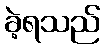
ခဲ့ရသည်